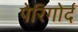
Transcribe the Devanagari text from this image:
पेरिगोर्द